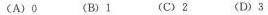
（A）0 (B)1 (C) 2 (D) 3